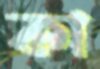
কা